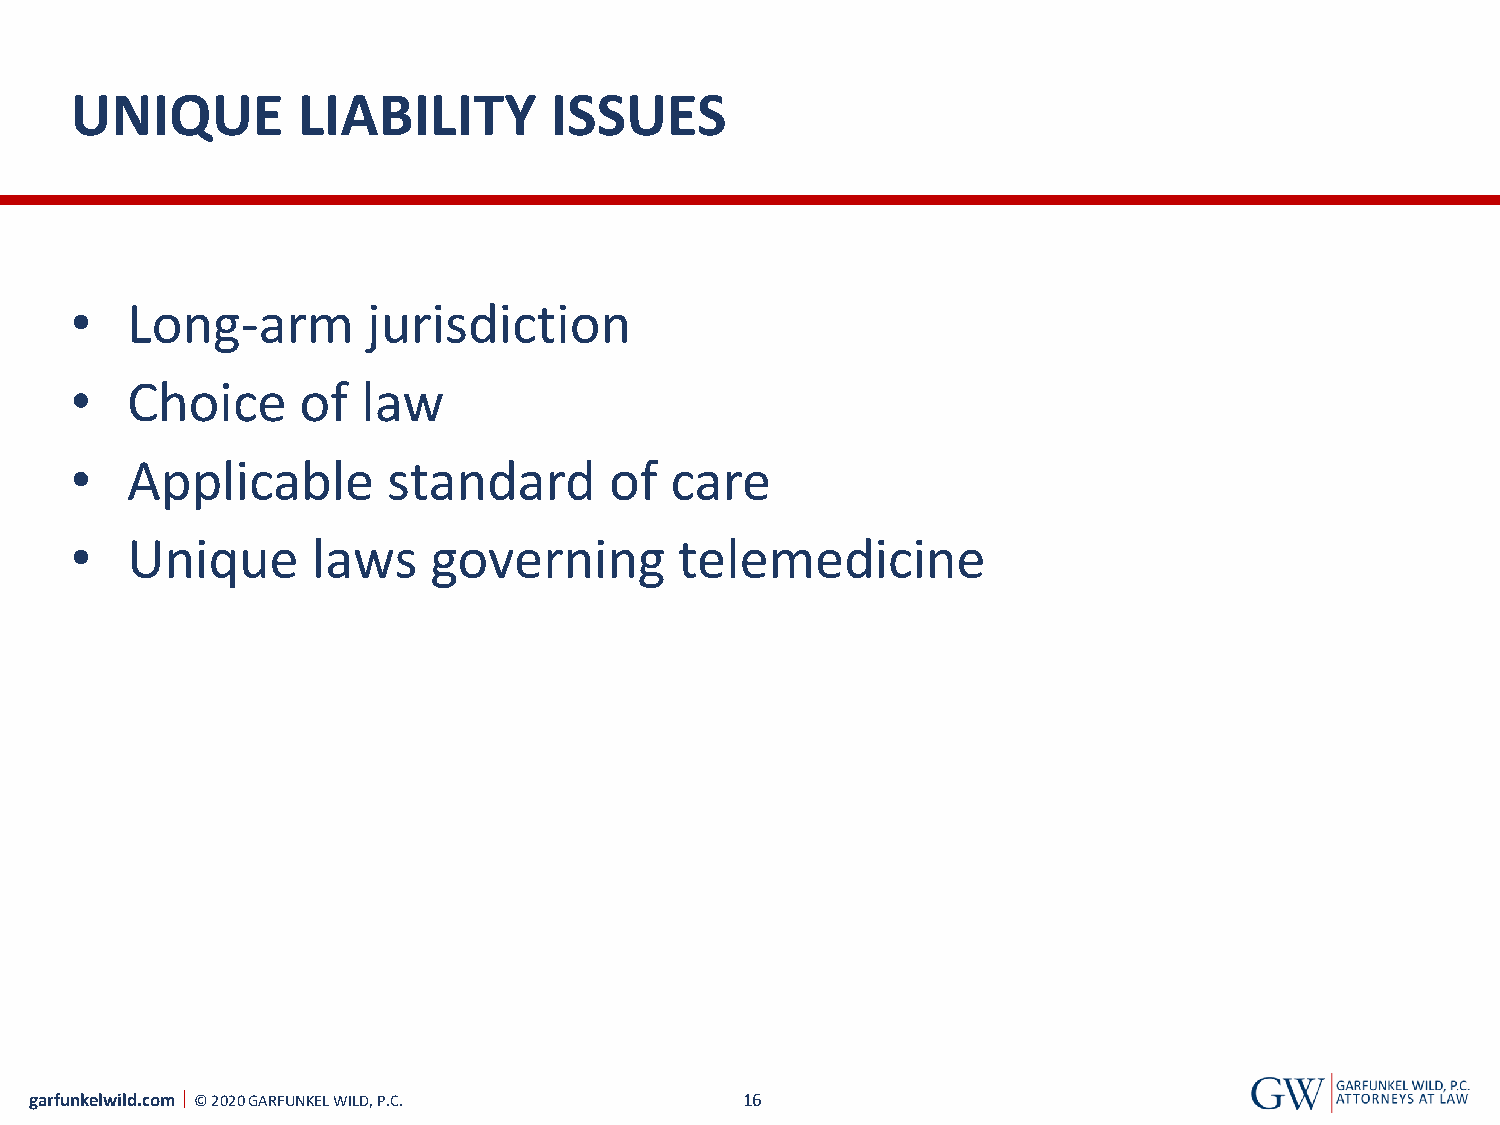
UNIQUE         LIABILITY       ISSUES
 •  Long-arm        jurisdiction
 •  Choice      of  law
 •  Applicable        standard      of  care
 •  Unique       laws    governing       telemedicine
 garfunkelwild.com © 2020 GARFUNKEL WILD, P.C.  16